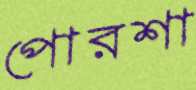
পোরশা